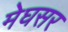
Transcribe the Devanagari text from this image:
मेघसर